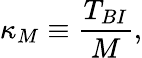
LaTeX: \kappa_{M}\equiv\frac{T_{BI}}{M},